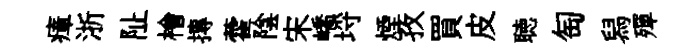
瘴浙阯檜摶藿陰宋嶠埓煙孜買皮聴匋舄殫